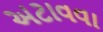
અટાવવા